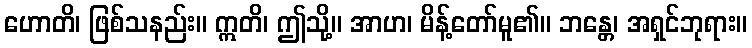
ဟောတိ၊ ဖြစ်သနည်း။ ဣတိ၊ ဤသို့။ အာဟ၊ မိန့်တော်မူ၏။ ဘန္တေ၊ အရှင်ဘုရား။